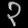
Digit: ၃